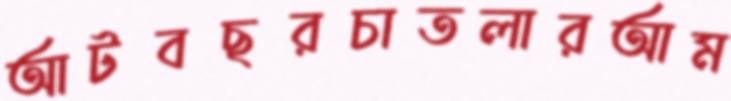
আটবছরচাতলারআম